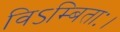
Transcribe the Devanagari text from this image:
विऽम्बिताः।